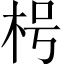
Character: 枵